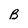
Character: B